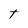
Character: T